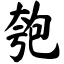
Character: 匏